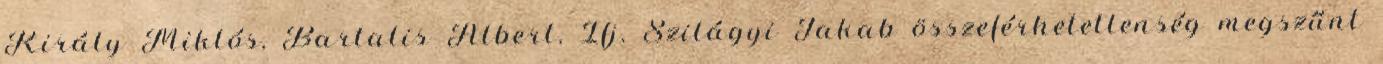
Király Miklós, Bartalis Albert, Ifj. Szilágyi Jakab összeférhetetlenség megszűnt